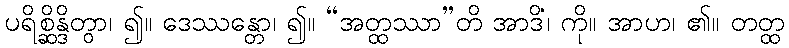
ပရိစ္ဆိန္ဒိတွာ၊ ၍။ ဒေဿန္တော၊ ၍။ “အတ္ထဿာ”တိ အာဒိံ၊ ကို။ အာဟ၊ ၏။ တတ္ထ